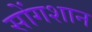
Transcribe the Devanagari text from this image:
सोंगशान